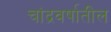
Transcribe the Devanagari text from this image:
चांद्रवर्षातील